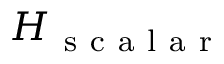
H _ { \mathrm { ~ s ~ c ~ a ~ l ~ a ~ r ~ } }